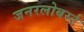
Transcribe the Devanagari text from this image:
जनरलोबर्स्ट